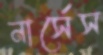
নার্সেস